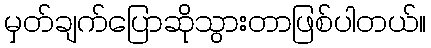
မှတ်ချက်ပြောဆိုသွားတာဖြစ်ပါတယ်။